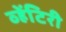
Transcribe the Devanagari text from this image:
व्हेंटिरी